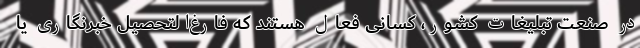
در صنعت تبلیغات کشور، کسانی فعال هستند که فارغ‌التحصیل خبرنگاری یا